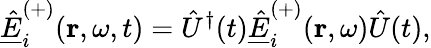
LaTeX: \underline{{\hat{E}}}_{i}^{(+)}(\mathbf{r},\omega,t)=\hat{U}^{\dagger}(t)\underline{{\hat{E}}}_{i}^{(+)}(\mathbf{r},\omega)\hat{U}(t),